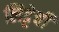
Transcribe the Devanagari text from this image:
लिट्टेची